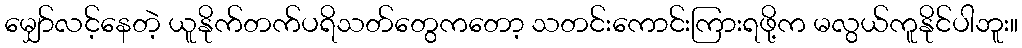
မျှော်လင့်နေတဲ့ ယူနိုက်တက်ပရိသတ်တွေကတော့ သတင်းကောင်းကြားရဖို့က မလွယ်ကူနိုင်ပါဘူး။